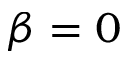
\beta = 0